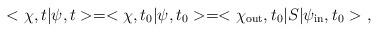
LaTeX: \begin{align*}<\chi,t|\psi,t>=<\chi,t_0|\psi,t_0>=<\chi_{\rm out},t_0|S|\psi_{\rm in},t_0>\ ,\end{align*}